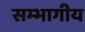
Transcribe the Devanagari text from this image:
सम्भागीय